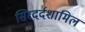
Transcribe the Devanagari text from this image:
सिरदर्दशामिल